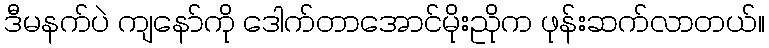
ဒီမနက်ပဲ ကျနော်ကို ဒေါက်တာအောင်မိုးညိုက ဖုန်းဆက်လာတယ်။